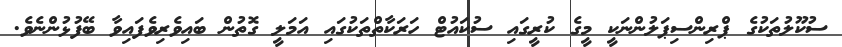
ސުކޫލުތަކުގެ ޕްރިންސިޕަލުންނަކީ މީގެ ކުރީގައި ސުކައުޓް ހަރަކާތްތަކުގައި އަމަލީ ގޮތުން ބައިވެރިވެފައިވާ ބޭފުޅުންނެވެ.